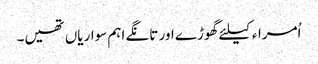
اُمراء کیلئے گھوڑے اور تانگے اہم سواریاں تھیں۔